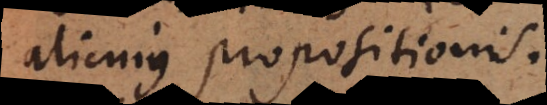
alicujus propositionis.